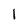
Character: l